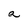
Character: a